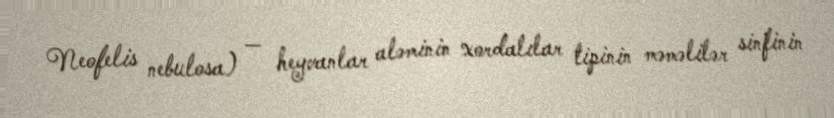
Neofelis nebulosa) — heyvanlar aləminin xordalılar tipinin məməlilər sinfinin